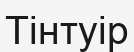
Тінтуір